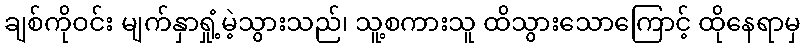
ချစ်ကိုဝင်း မျက်နှာရှုံ့မဲ့သွားသည်၊ သူ့စကားသူ ထိသွားသောကြောင့် ထိုနေရာမှ